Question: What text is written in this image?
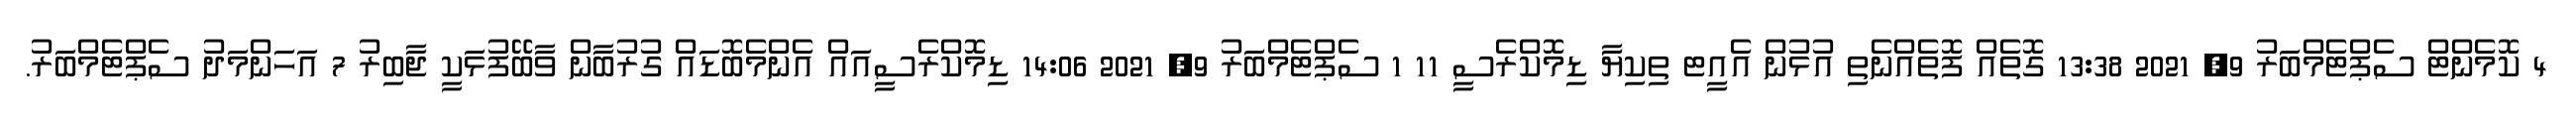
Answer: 4 ކޮމެންޓް ސެޕްޓެމްބަރު 9, 2021 13:38 ގޮތެއް ފޮތެއްނެތި އުޅުން އެއީޓ ތިކިޔަާ ޑިމޮކްރެސީ 11 1 ސެޕްޓެމްބަރު 9, 2021 14:06 ޑިމޮކްރެސީއައް އެންމެބޮޑައް ގުރުބާން ވާބޭފުޅަކީ ޖާބިރު 7 އަހަންމަދު ސެޕްޓެމްބަރު.